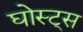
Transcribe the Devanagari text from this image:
घोस्ट्‌स